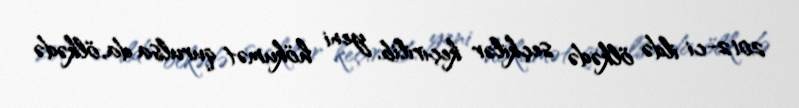
2012-ci ildə ölkədə seçkilər keçirilib, yeni hökumət qurulsa da, ölkədə